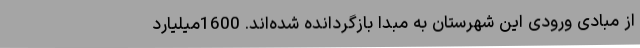
از مبادی ورودی این شهرستان به مبدا بازگردانده شده‌اند. 1600میلیارد